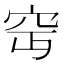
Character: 𥤵